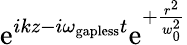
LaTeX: \mathrm{e}^{ikz-i\omega_{\mathrm{gapless}}t}\mathrm{e}^{+\frac{r^{2}}{w_{0}^{2}}}